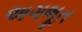
અગભૂત